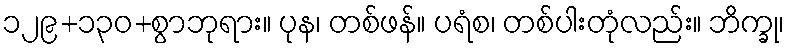
၁၂၉+၁၃၀+စွာဘုရား။ ပုန၊ တစ်ဖန်။ ပရံစ၊ တစ်ပါးတုံလည်း။ ဘိက္ခု၊